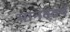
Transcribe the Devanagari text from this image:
मानववर्ष